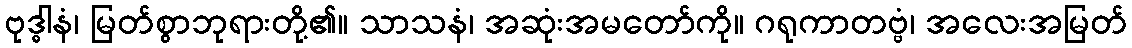
ဗုဒ္ဓါနံ၊ မြတ်စွာဘုရားတို့၏။ သာသနံ၊ အဆုံးအမတော်ကို။ ဂရုကာတဗ္ဗံ၊ အလေးအမြတ်